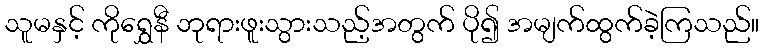
သူမနှင့် ကိုရွှေနီ ဘုရားဖူးသွားသည့်အတွက် ပို၍ အမျက်ထွက်ခဲ့ကြသည်။